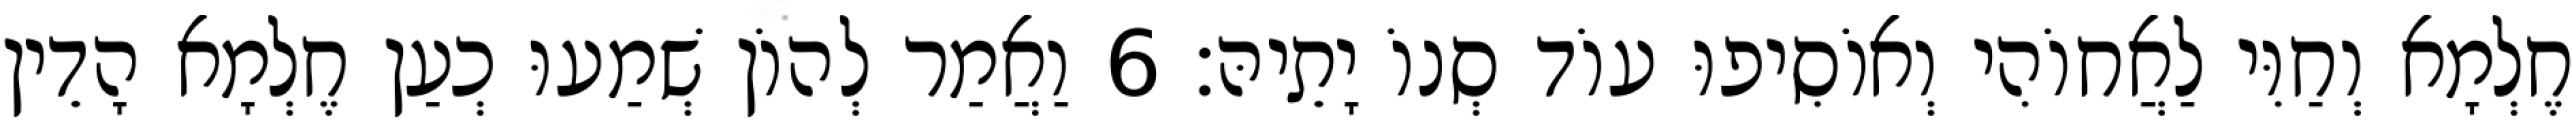
חֶלְמָא וְחַוִּי לַאֲחוֹהִי וְאוֹסִיפוּ עוֹד סְנוֹ יָתֵיהּ׃ 6 וַאֲמַר לְהוֹן שְׁמַעוּ כְעַן חֶלְמָא הָדֵין